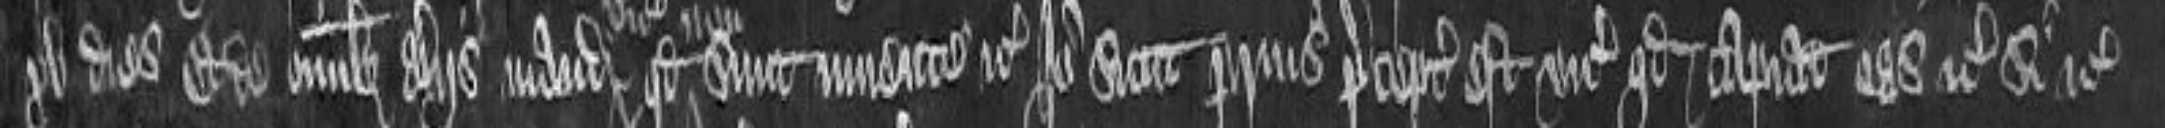
xv dies et de omnibus aliis mandat vicecomes quod non sunt invente etc. Ideo sicut prius preceptum est vicecomiti quod capiat eas etc si etc